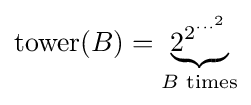
{\text{tower}}(B)=\underbrace {2^{2^{\cdots ^{2}}}} _{B{\text{ times}}}